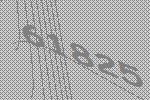
61825